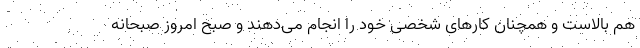
هم بالاست و همچنان کارهای شخصی خود را انجام می‌دهند و صبح امروز صبحانه